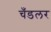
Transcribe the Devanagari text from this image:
चँडलर